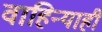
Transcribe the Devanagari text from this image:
वाहिन्याही